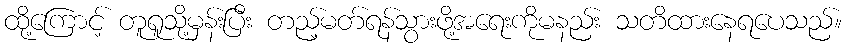
ထို့ကြောင့် တူရူသို့မှန်းပြီး တည့်မတ်ရန်သွားဖို့အရေးကိုမနည်း သတိထားနေရပေသည်။